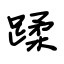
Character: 蹂